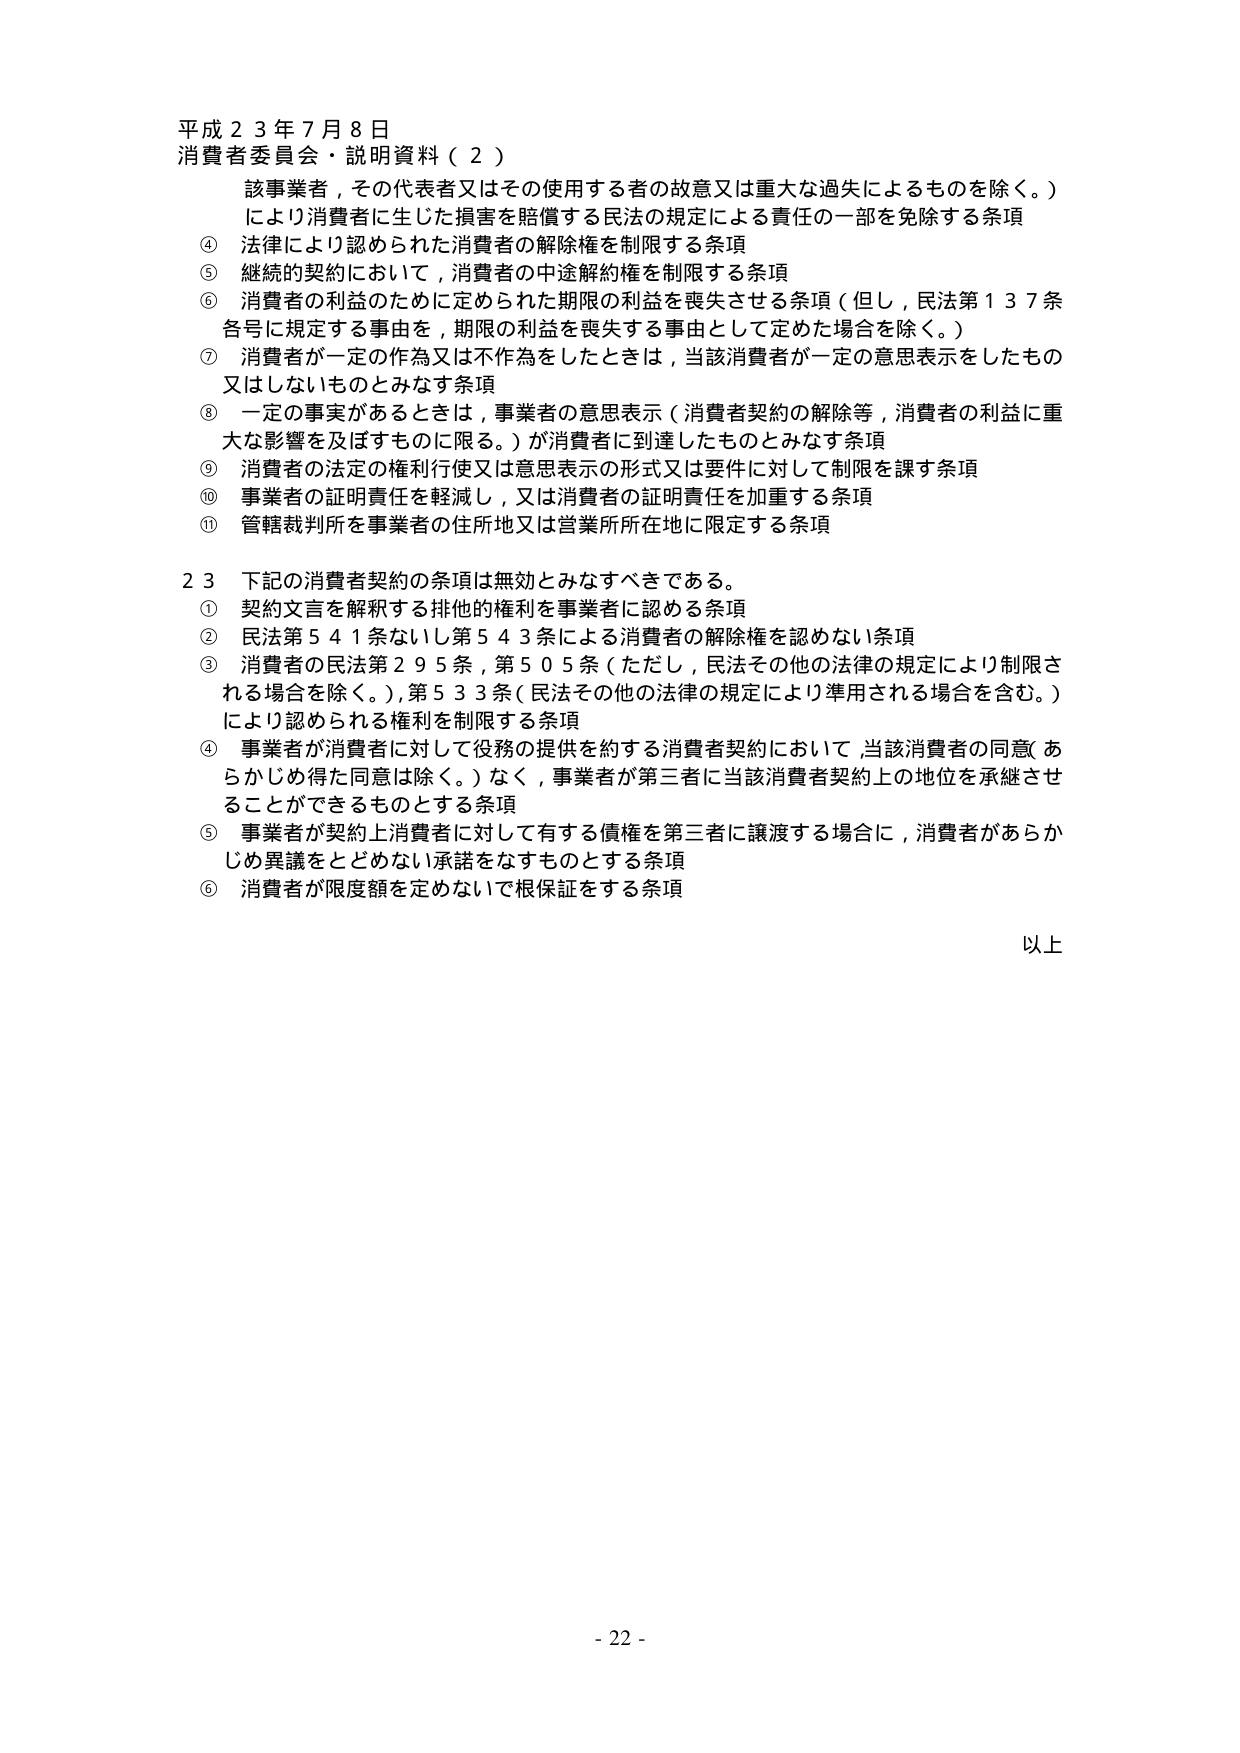
平成２３年７月８日
消費者委員会・説明資料（２）

　該事業者，その代表者又はその使用する者の故意又は重大な過失によるものを除く。）
　により消費者に生じた損害を賠償する民法の規定による責任の一部を免除する条項
④ 法律により認められた消費者の解除権を制限する条項
⑤ 継続的契約において，消費者の中途解約権を制限する条項
⑥ 消費者の利益のために定められた期限の利益を喪失させる条項（但し，民法第１３７条
　各号に規定する事由を，期限の利益を喪失する事由として定めた場合を除く。）
⑦ 消費者が一定の作為又は不作為をしたときは，当該消費者が一定の意思表示をしたもの
　又はしないものとみなす条項
⑧ 一定の事実があるときは，事業者の意思表示（消費者契約の解除等，消費者の利益に重
　大な影響を及ぼすものに限る。）が消費者に到達したものとみなす条項
⑨ 消費者の法定の権利行使又は意思表示の形式又は要件に対して制限を課す条項
⑩ 事業者の証明責任を軽減し，又は消費者の証明責任を加重する条項
⑪ 管轄裁判所を事業者の住所地又は営業所所在地に限定する条項

２３ 下記の消費者契約の条項は無効とみなすべきである。
① 契約文言を解釈する排他的権利を事業者に認める条項
② 民法第５４１条ないし第５４３条による消費者の解除権を認めない条項
③ 消費者の民法第２９５条，第５０５条（ただし，民法その他の法律の規定により制限さ
　れる場合を除く。），第５３３条（民法その他の法律の規定により準用される場合を含む。）
　により認められる権利を制限する条項
④ 事業者が消費者に対して役務の提供を約する消費者契約において，当該消費者の同意（あ
　らかじめ得た同意は除く。）なく，事業者が第三者に当該消費者契約上の地位を承継させ
　ることができるものをとする条項
⑤ 事業者が契約上消費者に対して有する債権を第三者に譲渡する場合に，消費者があらか
　じめ異議をとどめない承諾をなすものとする条項
⑥ 消費者が限度額を定めないで根保証をする条項

以上

- 22 -